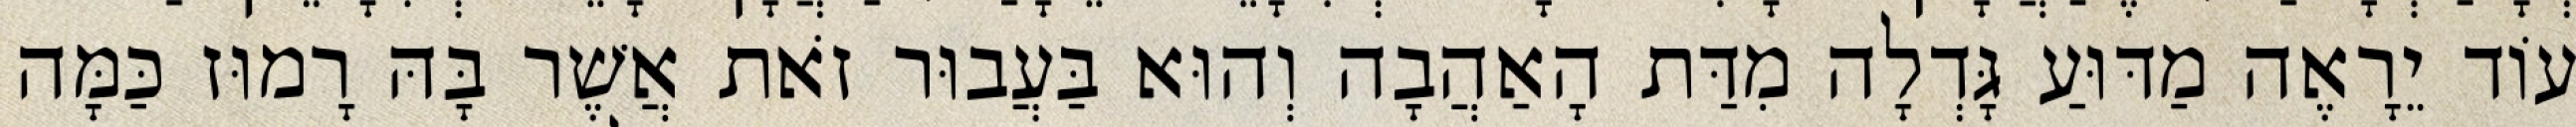
עוֹד יֵרָאֶה מַדּוּעַ גָּדְלָה מִדַּת הָאַהֲבָה וְהוּא בַּעֲבוּר זֹאת אֲשֶׁר בָּהּ רָמוּז כַּמָּה